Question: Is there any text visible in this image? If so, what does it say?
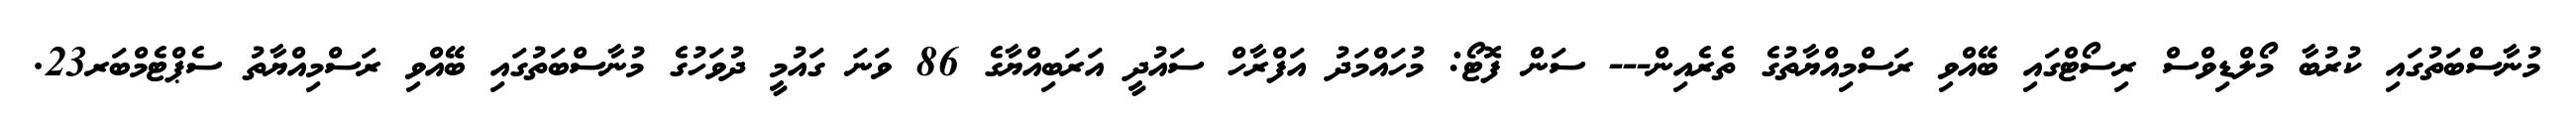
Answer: މުނާސްބަތުގައި ކުރުބާ މޯލްޑިވްސް ރިސޯޓްގައި ބޭއްވި ރަސްމިއްޔާތުގެ ތެރެއިން--- ސަން ފޮޓޯ: މުހައްމަދު އަފްރާހް ސައުދީ އަރަބިއްޔާގެ 86 ވަނަ ގައުމީ ދުވަހުގެ މުނާސްބަތުގައި ބޭއްވި ރަސްމިއްޔާތު ސެޕްޓެމްބަރ23.